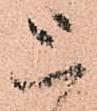
上